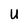
Character: U